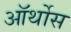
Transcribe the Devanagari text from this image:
ऑर्थोस